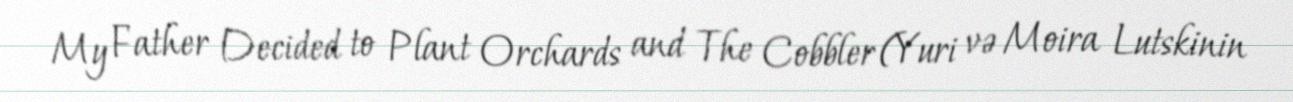
My Father Decided to Plant Orchards and The Cobbler (Yuri və Moira Lutskinin